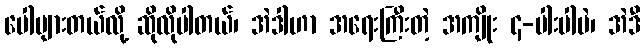
ပေါများတယ်လို့ ဆိုလိုပါတယ်၊ အဲဒါဟာ အရေးကြီးတဲ့ အကျိုး ၄-ပါးပါပဲ၊ အဲဒီ